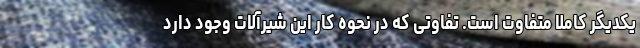
یکدیگر کاملا متفاوت است. تفاوتی که در نحوه کار این شیرآلات وجود دارد